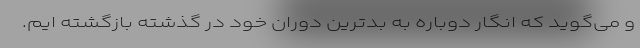
و می‌گوید که انگار دوباره به بدترین دوران خود در گذشته بازگشته ایم.